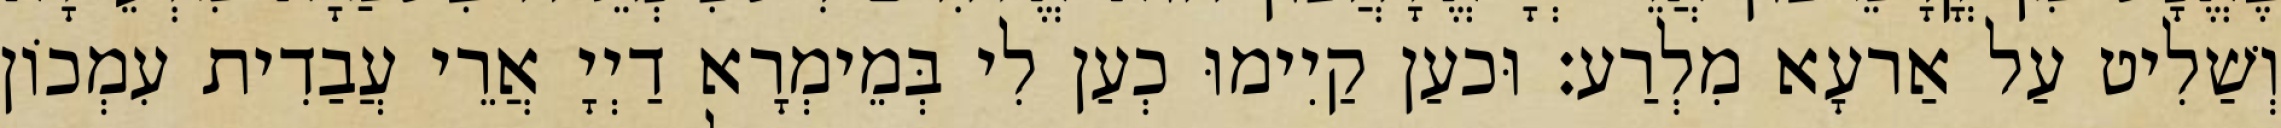
וְשַׁלִיט עַל אַרעָא מִלְרַע׃ וּכעַן קַיִימוּ כְעַן לִי בְּמֵימְרָא דַיְיָ אֲרֵי עֲבַדִית עִמְכוֹן